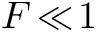
F \! \ll \! 1